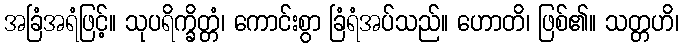
အခြံအရံဖြင့်။ သုပရိက္ခိတ္တံ၊ ကောင်းစွာ ခြံရံအပ်သည်။ ဟောတိ၊ ဖြစ်၏။ သတ္တဟိ၊